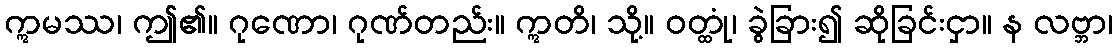
ဣမဿ၊ ဤ၏။ ဂုဏော၊ ဂုဏ်တည်း။ ဣတိ၊ သို့။ ဝတ္ထုံ၊ ခွဲခြား၍ ဆိုခြင်းငှာ။ န လဗ္ဘာ၊